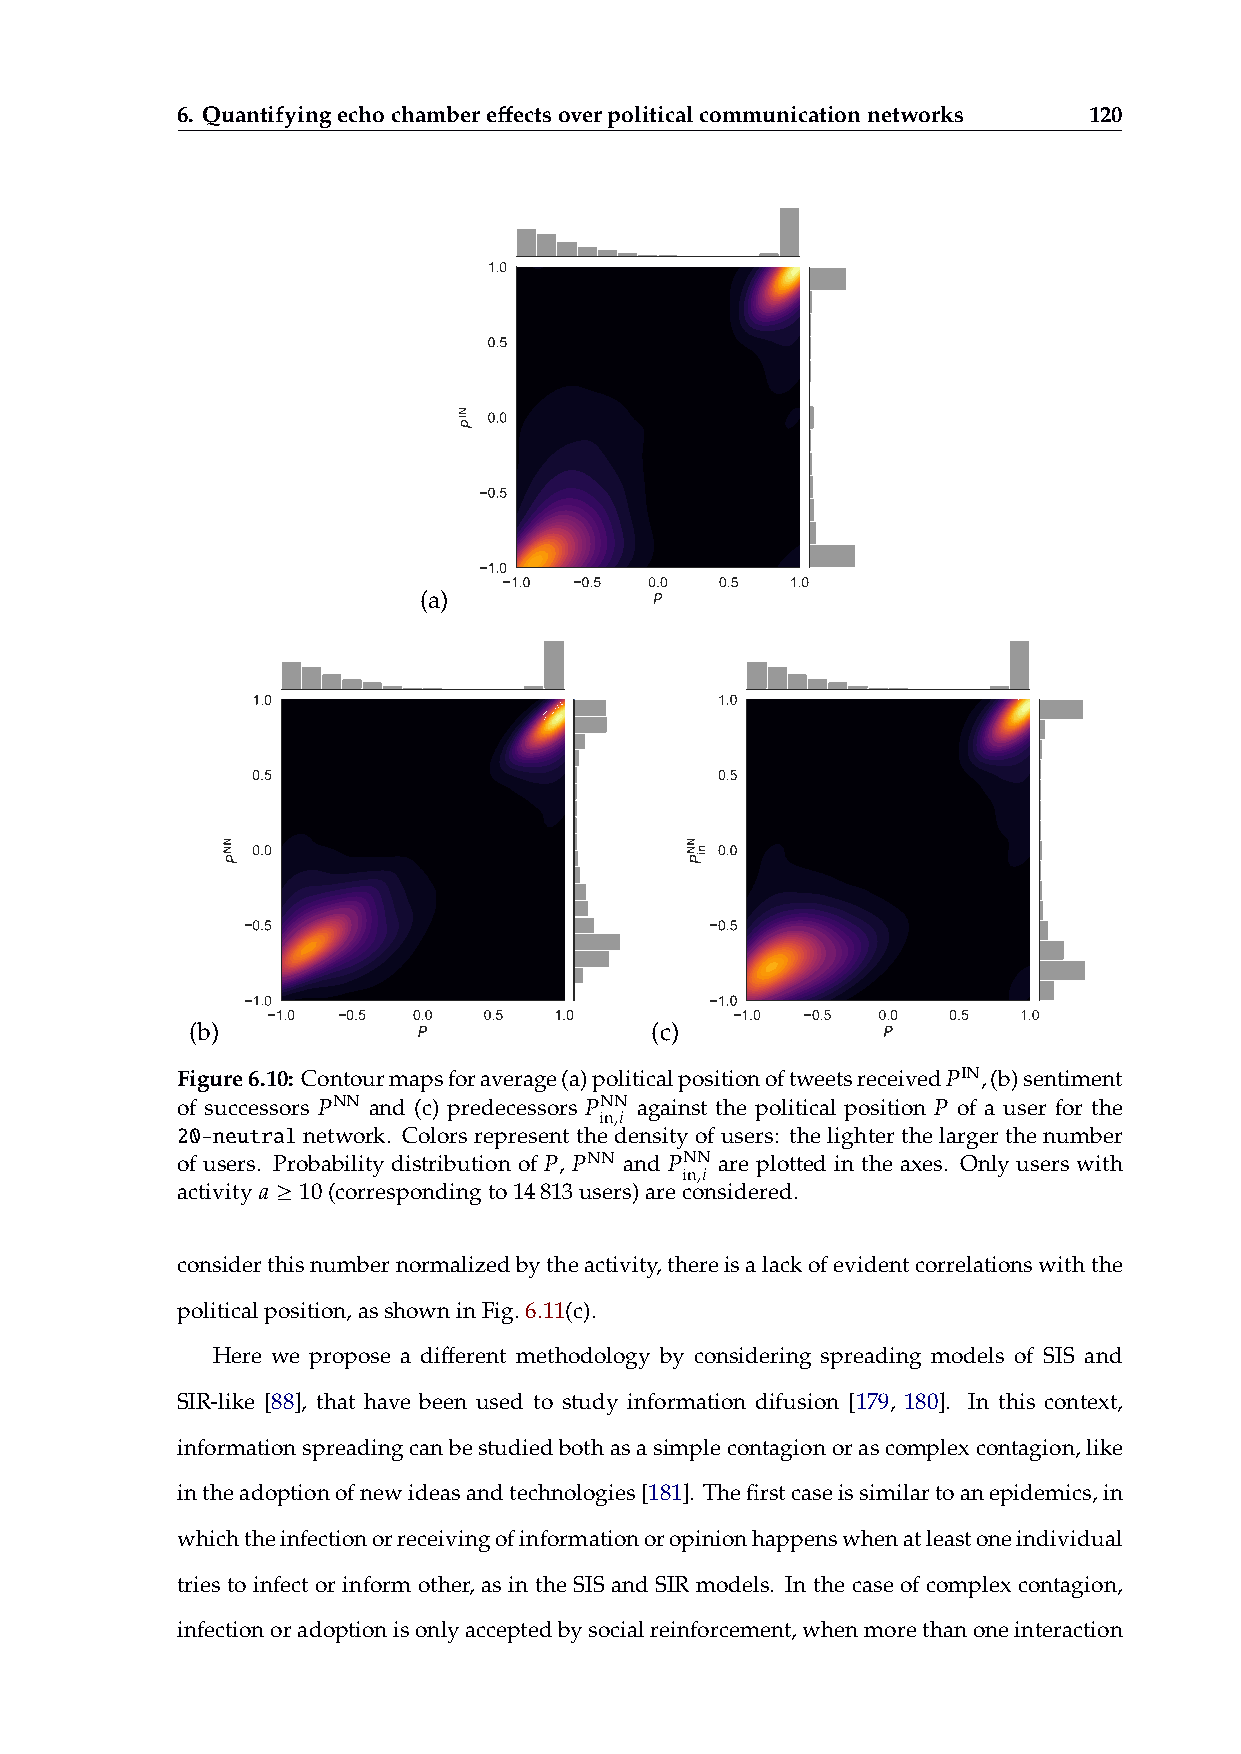
6. Quantifyingechochambereffectsoverpoliticalcommunicationnetworks 120
 1.0
 0.5
 0.0
 0.5
 1.0
 1.0 0.5  0.0  0.5 1.0
 (a)            P
 1.0                           1.0
 0.5                           0.5
 0.0                           0.0
 0.5                           0.5
 1.0                           1.0
 1.0  0.5 0.0  0.5  1.0         1.0  0.5 0.0  0.5 1.0
 (b)            P              (c)            P
 Figure6.10: Contourmapsforaverage(a)politicalpositionoftweetsreceived𝑃IN,(b)sentiment
 of successors
 𝑃NN
 and (c) predecessors
 𝑃NN
 against the political position
 𝑃
 of a user for the
 in,𝑖
 20-neutral network. Colors represent the density of users: the lighter the larger the number
 of users. Probability distribution of
 𝑃
 ,
 𝑃NN
 and
 𝑃NN
 are plotted in the axes. Only users with
 in,𝑖
 𝑎 ≥
 activity 10(correspondingto14813users)areconsidered.
 considerthisnumbernormalizedbytheactivity,thereisalackofevidentcorrelationswiththe
 politicalposition,asshowninFig.6.11(c).
 Here we propose a different methodology by considering spreading models of SIS and
 SIR-like [88], that have been used to study information difusion [179, 180]. In this context,
 informationspreadingcanbestudiedbothasasimplecontagionorascomplexcontagion,like
 intheadoptionofnewideasandtechnologies[181]. Thefirstcaseissimilartoanepidemics,in
 whichtheinfectionorreceivingofinformationoropinionhappenswhenatleastoneindividual
 tries to infect or inform other, as in the SIS and SIR models. In the case of complex contagion,
 infectionoradoptionisonlyacceptedbysocialreinforcement,whenmorethanoneinteraction
 NNP
 NIP
 NNP
 ni